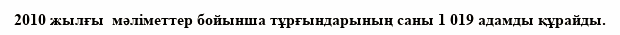
2010 жылғы  мәліметтер бойынша тұрғындарының саны 1 019 адамды құрайды.